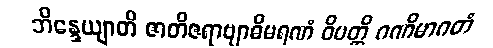
ဘိန္ဒေယျာတိ ဇာတိဇရာဗျာဓိမရဏံ ဝိပတ္တိ ဂဏိမာဂတံ